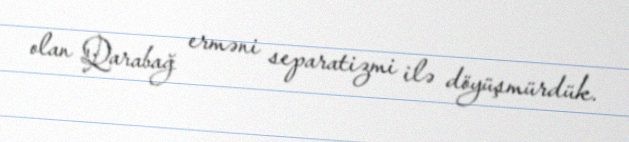
olan Qarabağ erməni separatizmi ilə döyüşmürdük.